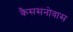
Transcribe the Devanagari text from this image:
कैससनोवास